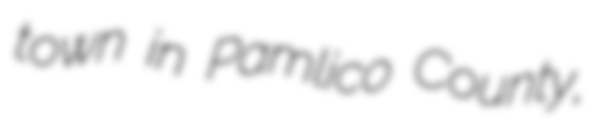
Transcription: town in Pamlico County,